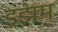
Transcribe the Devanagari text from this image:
इझम